system: You are a helpful assistant.
user:
Analyze the provided spectrum to determine if it is a **M-type Giant (gM)**.

A M-type Giant spectrum is defined by its **strong molecular absorption** features, particularly from **Titanium Oxide (TiO)**. You must check for one of the following mutually exclusive signatures:

- **Key Visual Indicators (Absorption-Dominated Spectrum):**

    - **(Primary):** The spectrum is dominated by strong molecular absorption from **Titanium Oxide (TiO)**. This is the **defining feature** of its M-type temperature class.
        - **(Key Bandheads):** Look for sharp, "saw-tooth" absorption valleys. The strongest are located near **~7050 Å**, **~6160 Å**, and **~5170 Å**.
        - **(Line Profile):** The "saw-tooth" morphology is critical: a **sharp, steep drop on the BLUE (short-wavelength) side** of the bandhead, followed by a gradual recovery (rising flux) towards the RED (long-wavelength) side.

    - **(Key Confirmation - Giant vs. Dwarf):** **ABSENCE** of strong **Calcium Hydride (CaH)** molecular bands. This is the primary diagnostic for *excluding* M-dwarfs.
        - **(Key Region):** The spectrum should lack the strong, broad absorption band seen in dwarfs between **~6800 Å and ~7000 Å**.

    - **(Secondary Confirmation - Giant):** A very strong and broad **Neutral Calcium (Ca I)** atomic absorption line.
        - **(Key Line):** Located at **~4226 Å**. In a giant (gM), this line is significantly deeper and broader than the same line in an M-dwarf (dM) due to low surface gravity.

    - **(Overall Spectrum):**
        - The continuum is **extremely red-sloping** (i.e., flux is very low in the blue and rises dramatically towards the red).
        - The entire spectrum appears "chopped up" by the deep TiO bands.

Think first, call **spectral_visualization_tool** if needed to examine features in detail, then provide your final answer. Your response must adhere to the following strict rules:
1.  **Overall Structure:** Your response must follow the format `<think>...</think> <tool_call>...</tool_call> (if a tool is used) <answer>...</answer>`.
2.  **Tool Usage Constraint:** You may only make **one** tool call per turn.
3.  **Final Answer Format:** In the `<answer>` tag, your conclusion must be inside a `\boxed{}` command (e.g., `\boxed{YES}` or `\boxed{NO}`), followed by your justification.

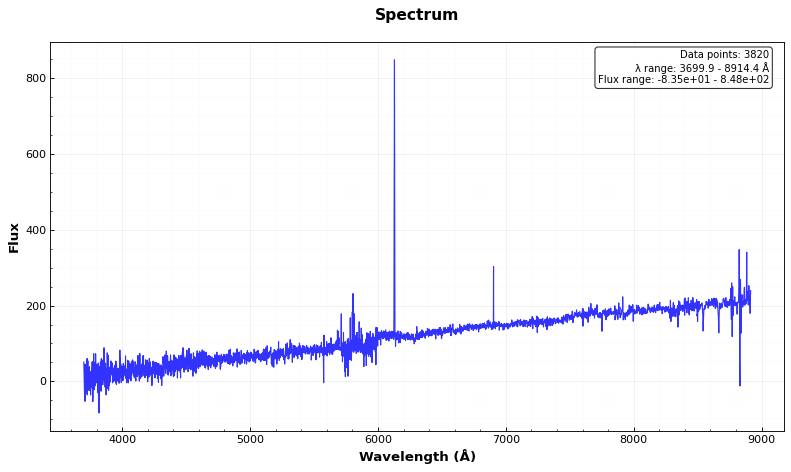
Answer: NO